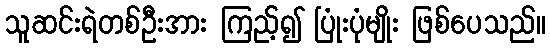
သူဆင်းရဲတစ်ဦးအား ကြည့်၍ ပြုံးပုံမျိုး ဖြစ်ပေသည်။